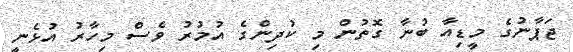
ޖަޕާނުގެ މީޑިއާ ބުނާ ގޮތުން މި ކުދިންގެ އުމުރު ވެސް މިހާރު އުޅެނީ